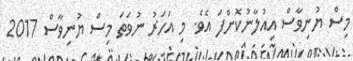
މިސް ޔުނިވާސް އިއުލާނުކޮށްފަ އެވެ. މި އަހަރު ނުވަތަ މިސް ޔުނިވާސް 2017